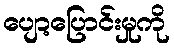
ပျော့ပြောင်းမှုကို